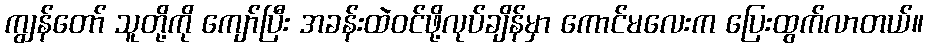
ကျွန်တော် သူတို့ကို ကျော်ပြီး အခန်းထဲဝင်ဖို့လုပ်ချိန်မှာ ကောင်မလေးက ပြေးထွက်လာတယ်။